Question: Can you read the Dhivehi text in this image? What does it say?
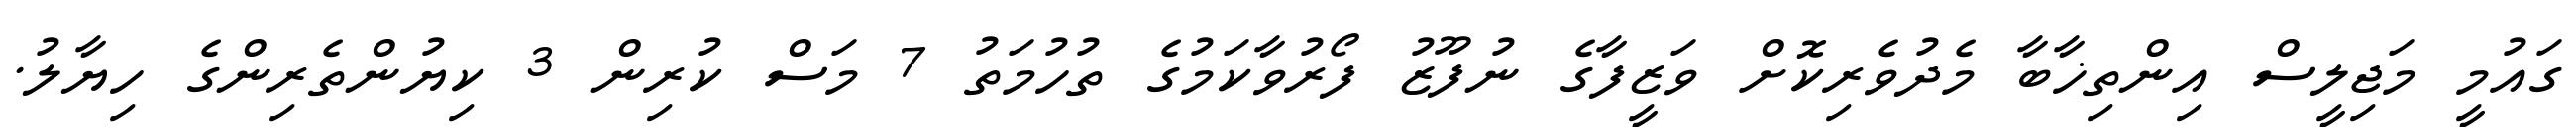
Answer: ގައުމީ މަޖިލީސް އިންތިޚާބާ މެދުވެރިކޮށް ވަޒީފާގެ ނުފޫޒު ފޯރުވާކަމުގެ ތުހުމަތު 7 މަސް ކުރިން 3 ކިޔުންތެރިންގެ ހިޔާލު.